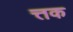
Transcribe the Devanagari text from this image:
त्तक